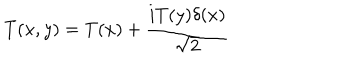
LaTeX: T ( x , y ) = T ( x ) + \frac { i T ( y ) \delta ( x ) } { \sqrt { 2 } }